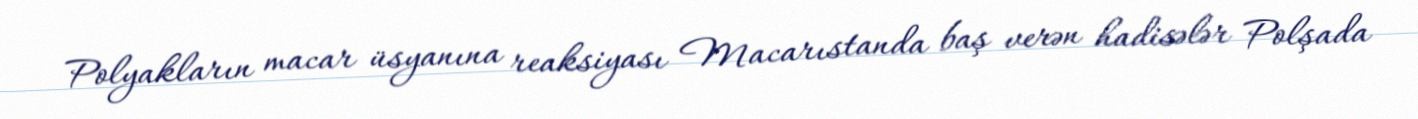
Polyakların macar üsyanına reaksiyası Macarıstanda baş verən hadisələr Polşada